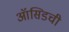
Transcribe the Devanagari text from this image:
ऑसिडची